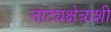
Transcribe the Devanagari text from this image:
नाट्यक्षेत्राशी